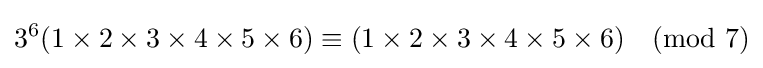
3^{6}(1\times 2\times 3\times 4\times 5\times 6)\equiv (1\times 2\times 3\times 4\times 5\times 6){\pmod {7}}